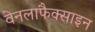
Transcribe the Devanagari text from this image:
वेनलाफैक्साइन